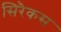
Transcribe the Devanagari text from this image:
सिरैकस